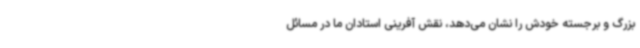
بزرگ و برجسته خودش را نشان می‌دهد، نقش آفرینی استادان ما در مسائل